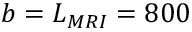
b = L _ { M R I } = 8 0 0